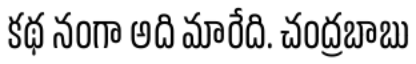
కథ నంగా అది మారేది. చంద్రబాబు